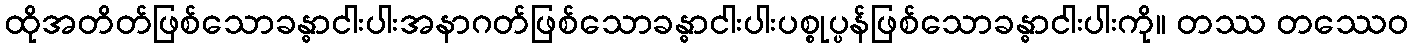
ထိုအတိတ်ဖြစ်သောခန္ဓာငါးပါးအနာဂတ်ဖြစ်သောခန္ဓာငါးပါးပစ္စုပ္ပန်ဖြစ်သောခန္ဓာငါးပါးကို။ တဿ တဿေဝ